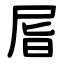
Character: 㞓